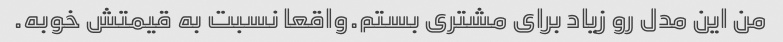
من این مدل رو زیاد برای مشتری بستم.واقعا نسبت به قیمتش خوبه.